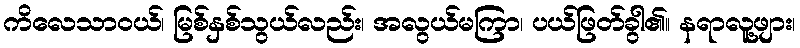
ကိလေသာဝယ်၊ မြစ်နှစ်သွယ်လည်း၊ အလွယ်မကြာ၊ ပယ်ဖြတ်ခွါ၏၊၊ နရာလူ့ဖျား၊